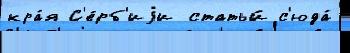
кра́я С'е́рб'иjи статьи́ с'юда́